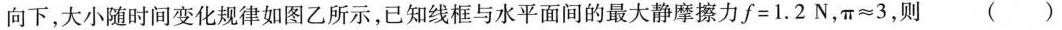
向下，大小随时间变化规律如图乙所示，已知线框与水平面间的最大静摩擦力$$f = 1 . 2 N$$，$$π ≈ 3$$，则()